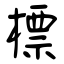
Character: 標